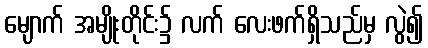
မျောက် အမျိုးတိုင်း၌ လက် လေးဖက်ရှိသည်မှ လွဲ၍